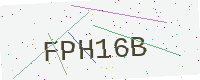
Text: FPH16B